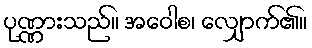
ပုဏ္ဏားသည်။ အဝေါစ၊ လျှောက်၏။